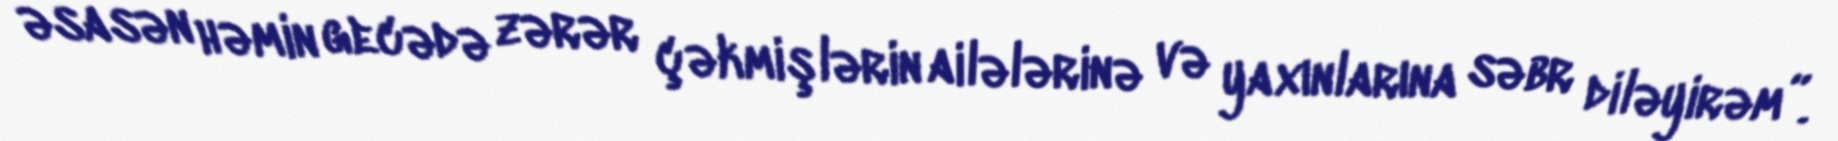
əsasən həmin gecədə zərər çəkmişlərin ailələrinə və yaxınlarına səbr diləyirəm”.